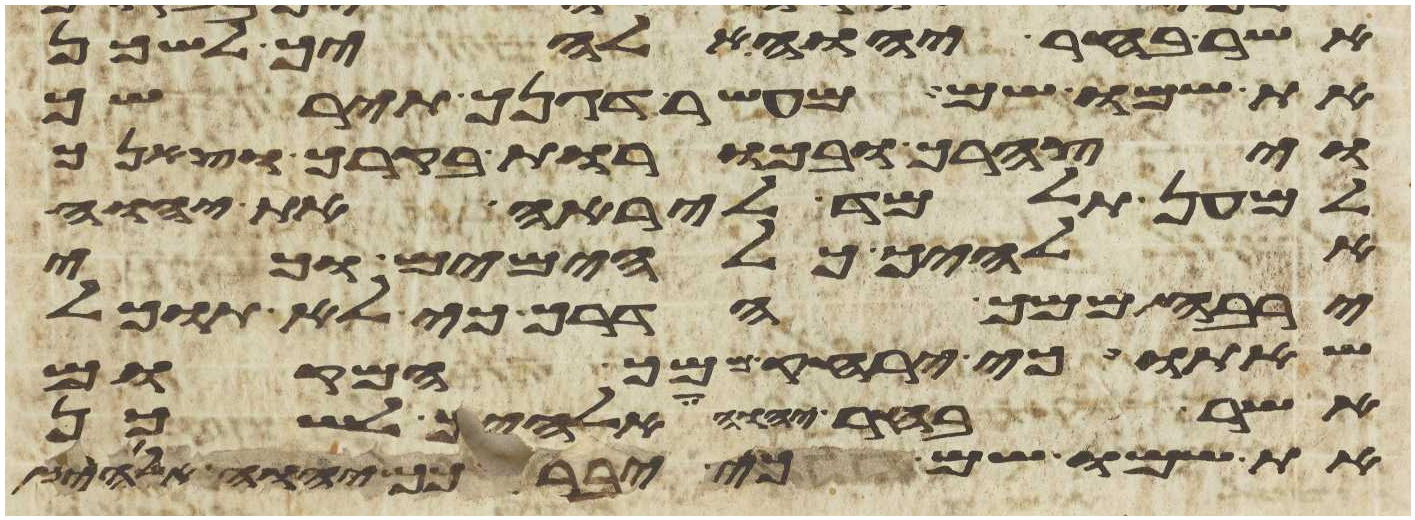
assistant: אשר בחר יהוה אלהיך לשכן
את שמו שם מעשר דגנך תירשך
ויצהרך ובכורת בקרך וצאנך
למען תלמד ליראה את יהוה
אלהיך כל הימים וכי
ירבה ממך הדרך כי לא תוכל
שאתו כי ירחק ממך המקום
אשר בחר יהוה אלהיך לשכן
את שמו שם כי יברכך יהוה אלהיך